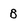
Character: B